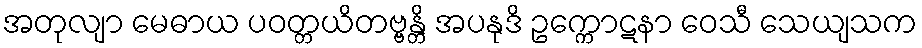
အတုလျာ မေဓာယ ပဝတ္တယိတဗ္ဗန္တိ အပနုဒိ ဥက္ကောဋနာ ဝေသီ သေယျသက